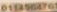
0153564761